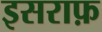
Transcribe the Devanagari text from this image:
इसराफ़